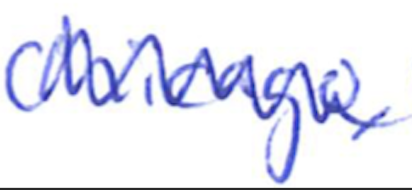
Text: Chicago,
Cross-out: zig-zag
Writing tool: ballpoint